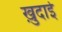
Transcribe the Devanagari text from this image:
खु़दाई